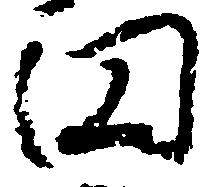
円